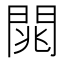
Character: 𨴡